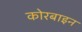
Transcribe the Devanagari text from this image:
कोरबाइन